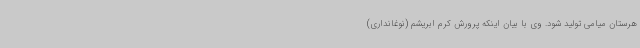
هرستان میامی تولید شود. وی با بیان اینکه پرورش کرم ابریشم (نوغانداری)